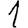
Digit: 1